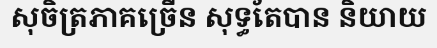
សុចិត្រភាគច្រើន សុទ្ធតែបាន និយាយ